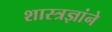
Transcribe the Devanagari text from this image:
शास्त्रज्ञांने